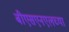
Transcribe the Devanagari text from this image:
बीएसएनएलच्या